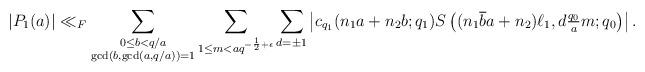
LaTeX: \begin{align*}\left|P_1(a)\right|\ll_F\sum_{\substack{0\leq b< q/a \\ \gcd(b, \gcd(a, q/a))=1}}\sum_{1\leq m < aq^{-\frac{1}{2}+\epsilon}} \sum_{d=\pm 1} \left|c_{q_1}(n_1a+n_2b; q_1)S\left( (n_1\overline{b} a+ n_2) \ell_1, d\tfrac{q_0}{a}m ; q_0 \right)\right|.\end{align*}